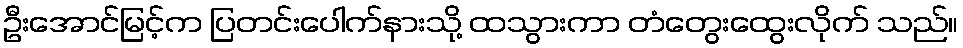
ဦးအောင်မြင့်က ပြတင်းပေါက်နားသို့ ထသွားကာ တံတွေးထွေးလိုက် သည်။